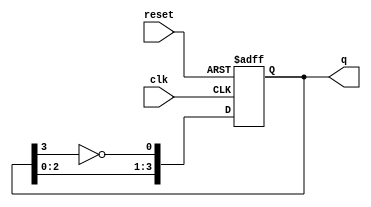
module johnson_counter #(parameter N = 4) (
    input wire clk,       // Clock signal
    input wire reset,     // Asynchronous reset signal
    output reg [N-1:0] q  // Output representing the state of the counter
);

// Internal signal to hold the inverted value of the last flip-flop
wire feedback;

// Assign feedback as the inverted value of the last flip-flop
assign feedback = ~q[N-1];

// Always block for synchronous operation
always @(posedge clk or posedge reset) begin
    if (reset) begin
        // Asynchronous reset: set all flip-flops to 0
        q <= 0;
    end else begin
        // Shift the state and feed back the inverted last flip-flop
        q <= {q[N-2:0], feedback};
    end
end

endmodule